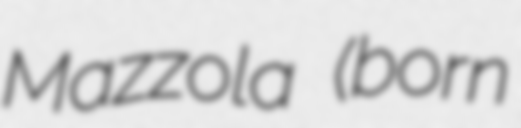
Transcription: Mazzola (born